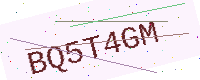
Text: BQ5T4GM